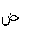
Letter: _dad